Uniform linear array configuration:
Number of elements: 32
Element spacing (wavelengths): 1
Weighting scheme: uniform
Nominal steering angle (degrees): -60
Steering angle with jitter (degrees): -58.22
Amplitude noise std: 0.05
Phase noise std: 0.05

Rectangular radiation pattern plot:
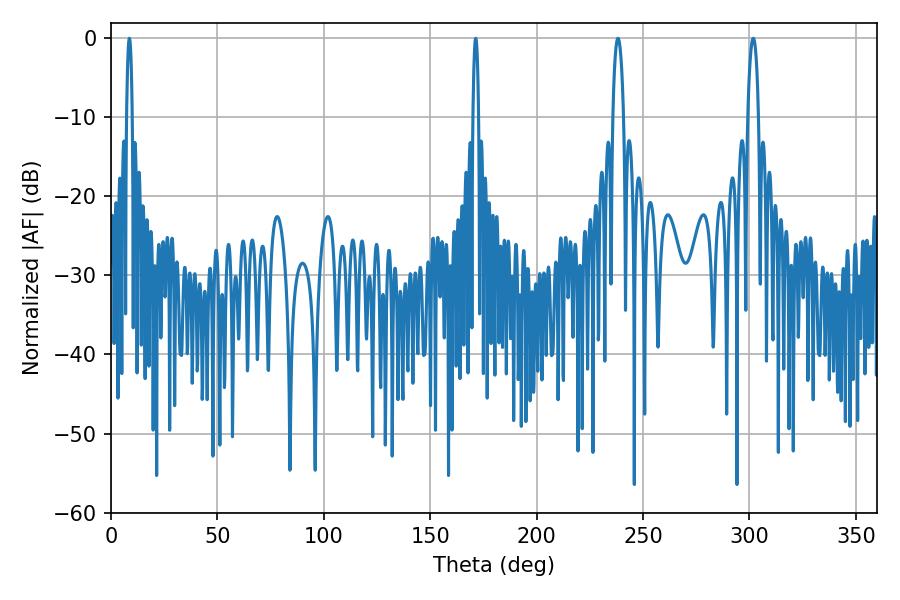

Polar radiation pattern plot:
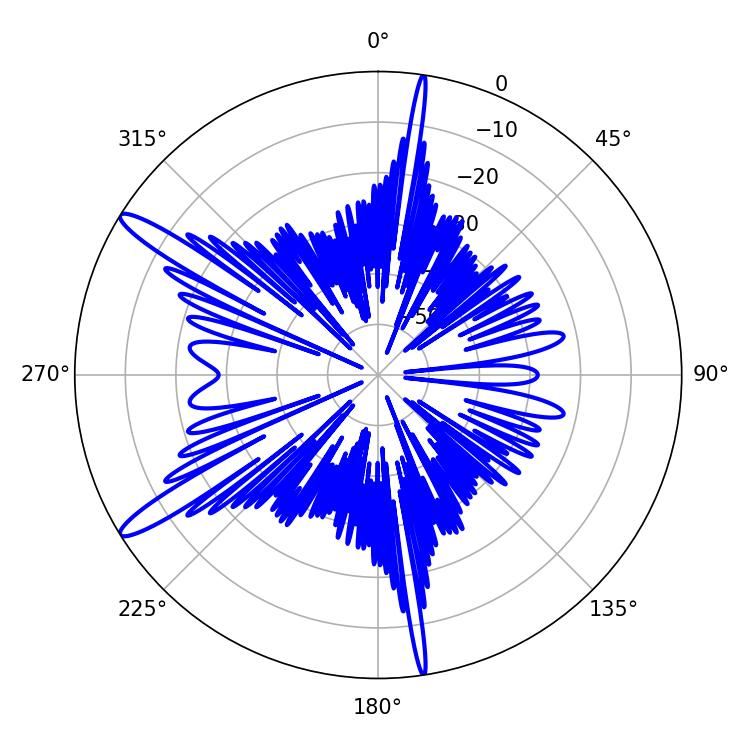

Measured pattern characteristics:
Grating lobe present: TRUE
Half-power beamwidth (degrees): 1.44
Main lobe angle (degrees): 8.64